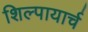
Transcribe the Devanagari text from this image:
शिल्पायार्च